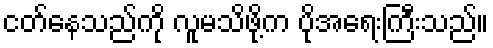
ငတ်နေသည်ကို လူမသိဖို့က ပိုအရေးကြီးသည်။